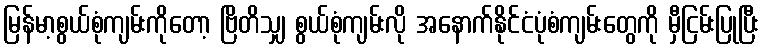
မြန်မာ့စွယ်စုံကျမ်းကိုတော့ ဗြိတိသျှ စွယ်စုံကျမ်းလို အနောက်နိုင်ငံပုံစံကျမ်းတွေကို မှီငြမ်းပြုပြီး